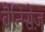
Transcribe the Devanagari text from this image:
बैनिसेज़